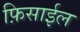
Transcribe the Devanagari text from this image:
फ़िसाईल